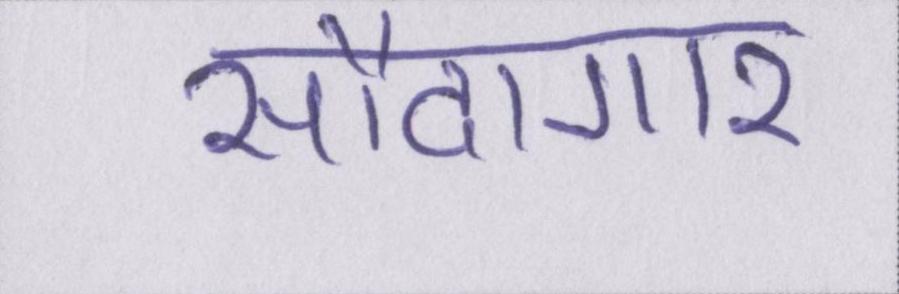
सौदागार